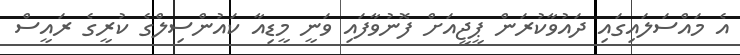
އެ މައްސަލައިގައި ދައުވާކުރަން ޕީޖީއަށް ފޮނުވާފައި ވަނީ މީޑިއާ ކައުންސިލްގެ ކުރީގެ ރައީސް